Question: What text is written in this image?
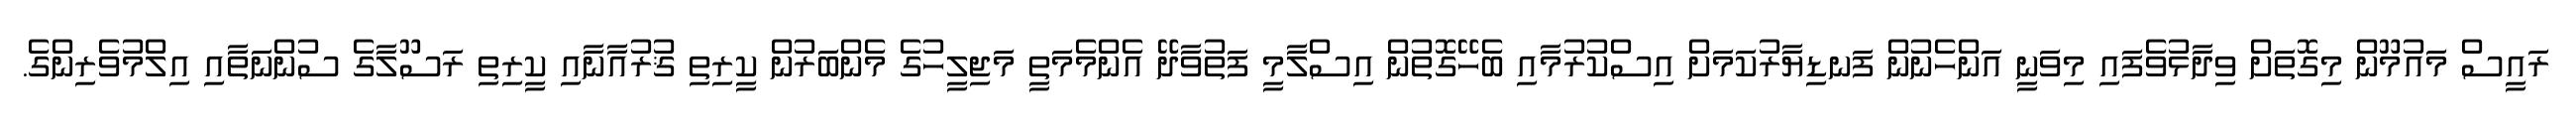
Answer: ރައީސް މައުމޫން މިގޮތަށް ވިދާޅުވެފައި މިވަނީ އަންހެނުން ފަނޑިޔާރުކަމަށް އިސްކުރުމާއި ބެހޭގޮތުން އިސްލާމީ ފަތުވާދޭ އެންމެމަތީ މަޖިލީހުގެ މެންބަރުން ކީރިތި ޤުރުއާނާއި ކީރިތި ރަސޫލާގެ ސުންނަތާއި އިލްމުވެރިންގެ.